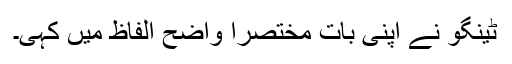
ٹینگو نے اپنی بات مختصراً واضح الفاظ میں کہی۔